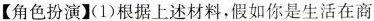
【角色扮演】(1)根据上述材料，假如你是生活在商